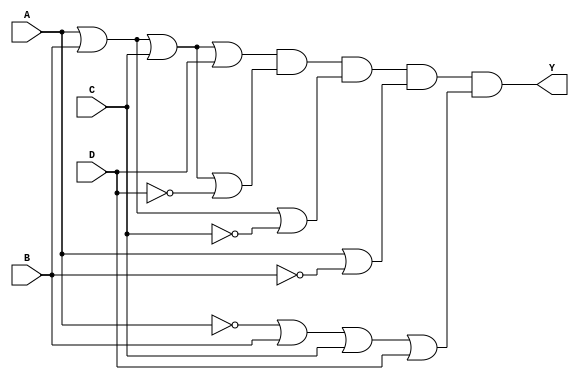
module pos_logic (
    input wire A,
    input wire B,
    input wire C,
    input wire D,
    output wire Y
);

// Intermediate sum terms
wire sum1, sum2, sum3, sum4, sum5;

// Sum term 1: (A + B + C + D)
assign sum1 = A | B | C | D;

// Sum term 2: (A + B + C + D')
assign sum2 = A | B | C | ~D;

// Sum term 3: (A + B + C')
assign sum3 = A | B | ~C;

// Sum term 4: (A + B')
assign sum4 = A | ~B;

// Sum term 5: (A' + B + C + D)
assign sum5 = ~A | B | C | D;

// Final output Y: AND of all sum terms
assign Y = sum1 & sum2 & sum3 & sum4 & sum5;

endmodule